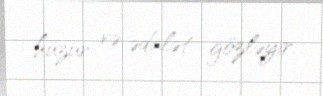
hüzur və ədalət gözləyir.